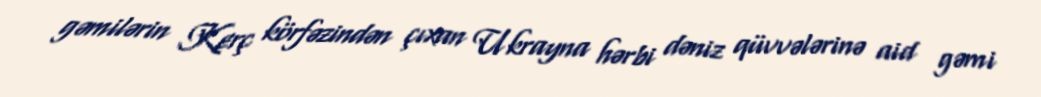
gəmilərin Kerç körfəzindən çıxan Ukrayna hərbi dəniz qüvvələrinə aid gəmi